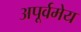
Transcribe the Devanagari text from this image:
अपूर्वमेय